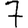
Digit: 7